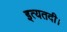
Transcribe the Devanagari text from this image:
इत्यतदी।